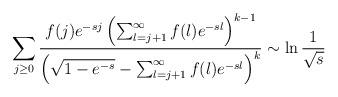
LaTeX: \begin{align*}\sum_{j\geq 0} \frac{ f(j) e^{-sj} \left(\sum_{l=j+1}^{\infty} f(l) e^{-sl}\right)^{k-1}}{\left(\sqrt{1-e^{-s}}-\sum_{l=j+1}^\infty f(l) e^{-sl}\right)^k}\sim\ln\frac1{\sqrt s}\end{align*}